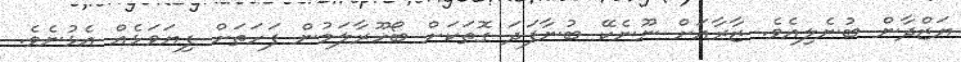
ޔަޒްދާން ބުނެލިއެވެ. ޒާރާއަށް ނޫނެކޭ ބުނާފަދަ ގޮތަކަށް ބޯހޫރާލަމުން ފަހަތަށް ފިޔަވަޅެއް އެޅުނެވެ.